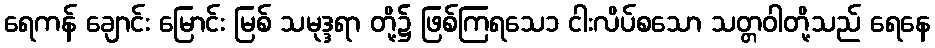
ရေကန် ချောင်း မြောင်း မြစ် သမုဒ္ဒရာ တို့၌ ဖြစ်ကြရသေ၁ ငါးလိပ်စသော သတ္တဝါတို့သည် ရေနေ